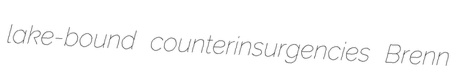
lake-bound counterinsurgencies Brenn